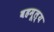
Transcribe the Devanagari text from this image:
बहमूल्य